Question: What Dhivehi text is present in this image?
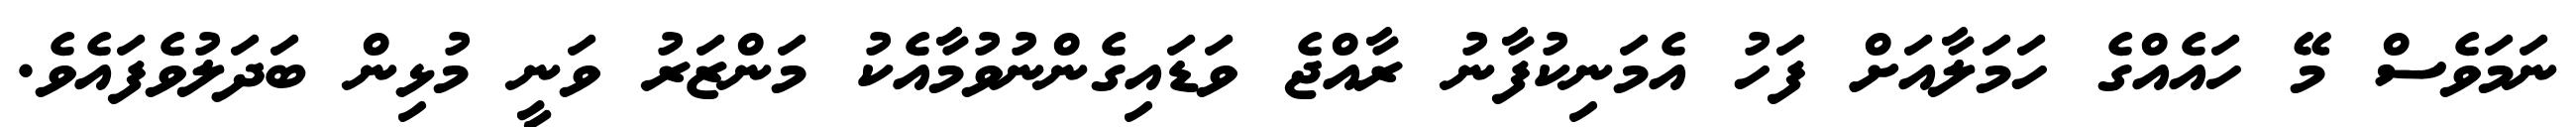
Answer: ނަމަވެސް މޭ ހައެއްގެ ހަމަލާއަށް ފަހު އެމަނިކުފާނު ރާއްޖެ ވަޑައިގެންނުވުމާއެކު މަންޒަރު ވަނީ މުޅިން ބަދަލުވެފައެވެ.